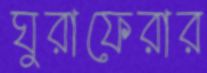
ঘুরাফেরার